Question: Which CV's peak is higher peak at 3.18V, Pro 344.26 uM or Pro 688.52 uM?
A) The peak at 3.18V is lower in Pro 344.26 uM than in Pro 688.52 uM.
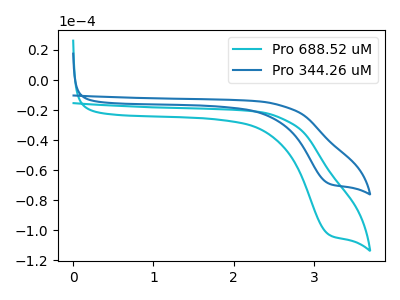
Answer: <think>The cyan curve "Pro 688.52 uM" has a cathodic peak at: (3.20V, -102.80uA). The blue curve "Pro 344.26 uM" has a cathodic peak at: (3.20V, -68.85uA).</think>
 <answer>A) The peak at 3.18V is lower in "Pro 344.26 uM" than in "Pro 688.52 uM".</answer>
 <eval>A</eval>